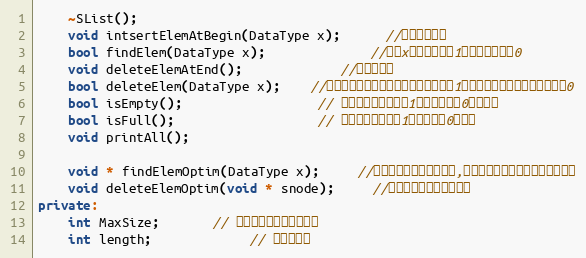
Language: C++
    ~SList();
    void intsertElemAtBegin(DataType x);      //头部插入节点
    bool findElem(DataType x);              //查找x，存在则返回1，不存在则返回0
    void deleteElemAtEnd();             //删除尾节点
    bool deleteElem(DataType x);    //删除指定节点，如果存在则删除，返回1，如果不存在，则删除失败返回0
    bool isEmpty();                  // 查看链表是否为空，1表示不为空，0表示为空
    bool isFull();                   // 查看链表是否满，1表示不满，0表示满
    void printAll();

    void * findElemOptim(DataType x);     //针对此应用的优化，查找,返回指定元素的前一个节点的指针
    void deleteElemOptim(void * snode);     //针对此应用的优化，删除
private:
    int MaxSize;       // 链表可以存放最大的数据
    int length;             // 链表的长度